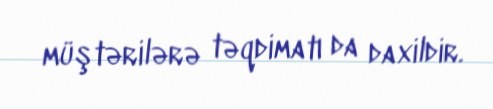
müştərilərə təqdimatı da daxildir.